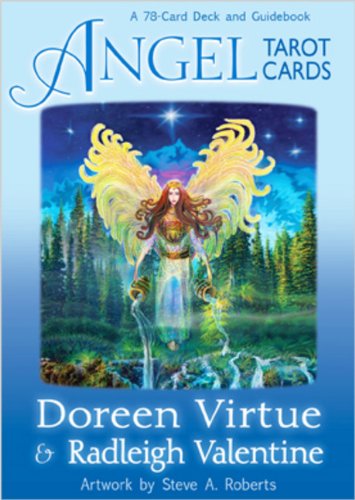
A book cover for Angel Tarot Cards; Doreen Virtue; Religion & Spirituality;